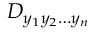
D _ { y _ { 1 } y _ { 2 } \dots y _ { n } }